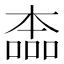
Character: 㮺